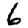
Digit: 6